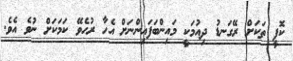
ކޮފީ ތަކަށް ރޭގަނޑު ދިއުމަކީ މައިންބަފައިންނަށް އެހާ ރުހެވޭ ކަމަކަށް ނުވެ އެވެ.